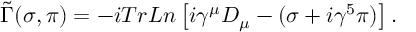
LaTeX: \tilde { \Gamma } ( \sigma , \pi ) = - i T r L n \left[ i \gamma ^ { \mu } D _ { \mu } - ( \sigma + i \gamma ^ { 5 } \pi ) \right] .